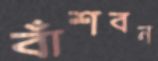
বাঁশবন